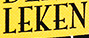
LEKEN